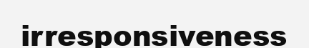
irresponsiveness